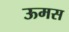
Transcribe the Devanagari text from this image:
ऊमस